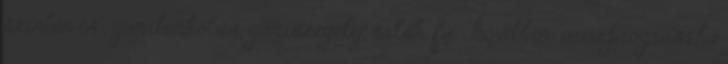
színben is , gumiburkolás, gumiszegély, salak, fű. Bővebben: www.prograss.hu